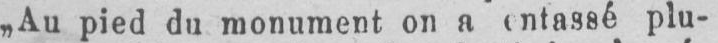
plu-